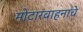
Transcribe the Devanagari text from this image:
मोटारवाहनाचे